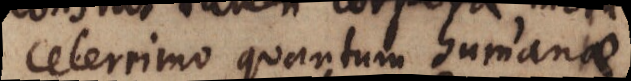
celerrimo quantum humanae